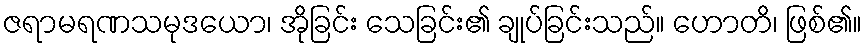
ဇရာမရဏသမုဒယော၊ အိုခြင်း သေခြင်း၏ ချုပ်ခြင်းသည်။ ဟောတိ၊ ဖြစ်၏။